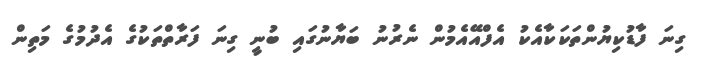
ގިނަ ފާޑުކިޔުންތަކަކާއެކު އެފްއޭއެމުން ނެރުނު ބަޔާނުގައި ބުނީ ގިނަ ފަރާތްތަކުގެ އެދުމުގެ މަތިން